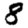
Digit: 8